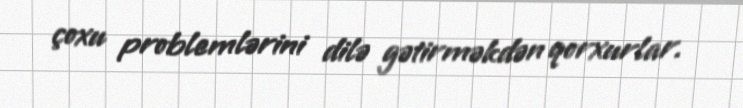
çoxu problemlərini dilə gətirməkdən qorxurlar.